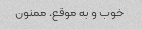
خوب و به موقع. ممنون